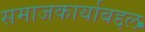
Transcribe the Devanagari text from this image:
समाजकार्याबद्दल